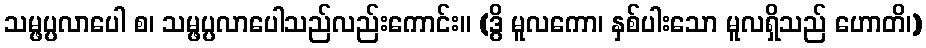
သမ္ဖပ္ပလာပေါ စ၊ သမ္ဖပ္ပလာပေါသည်လည်းကောင်း။ (ဒွိ မူလကော၊ နှစ်ပါးသော မူလရှိသည် ဟောတိ၊)